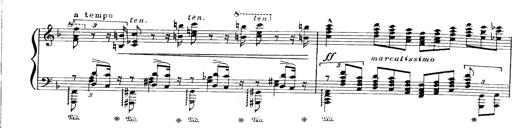
Title: Paraphrase de concert sur Ernani II
Composer: Franz Liszt